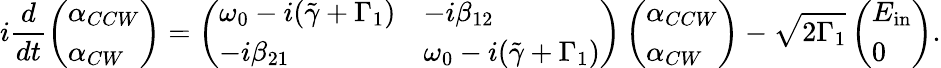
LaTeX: i\frac{d}{dt}\left(\begin{array}{l}{\alpha_{CCW}}\\ {\alpha_{CW}}\end{array}\right)=\left(\begin{array}{ll}{\omega_{0}-i(\tilde{\gamma}+\Gamma_{1})}&{-i\beta_{12}}\\ {-i\beta_{21}}&{\omega_{0}-i(\tilde{\gamma}+\Gamma_{1})}\end{array}\right)\left(\begin{array}{l}{\alpha_{CCW}}\\ {\alpha_{CW}}\end{array}\right)-\sqrt{2\Gamma_{1}}\left(\begin{array}{l}{E_{\mathrm{in}}}\\ {0}\end{array}\right).